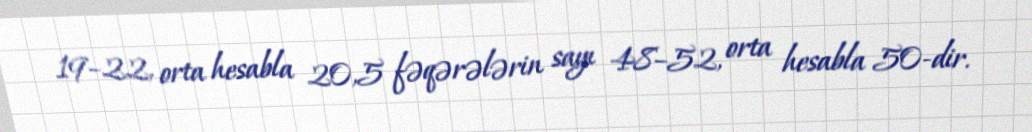
19–22, orta hesabla 20,5 fəqərələrin sayı 48–52, orta hesabla 50-dir.